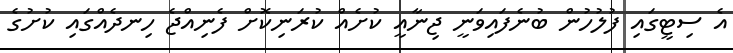
އެ ސިޓީގައި ފުލުހުން ބުނެފައިވަނީ ޖިނާއީ ކުށެއް ކުރަނިކޮށް ފެނިއްޖެ ހިނދެއްގައި ކުށުގެ